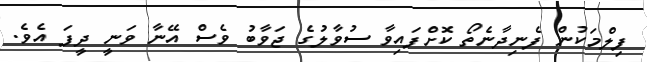
ފިލްމަކުން ފެނިދާނެތޯ ކޮށްފައިވާ ސުވާލުގެ ޖަވާބު ވެސް އޭނާ ވަނީ ދީފަ އެވެ.